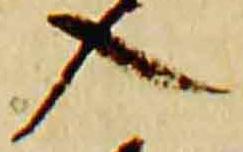
入